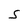
Character: S